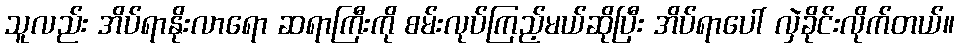
သူလည်း အိပ်ရာနိုးလာရော ဆရာကြီးကို စမ်းလုပ်ကြည့်မယ်ဆိုပြီး အိပ်ရာပေါ် လှဲခိုင်းလိုက်တယ်။